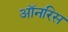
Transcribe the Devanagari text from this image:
ऑनरिस